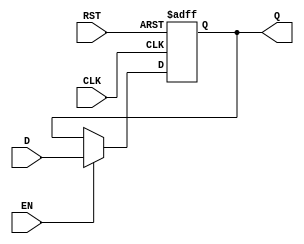
module output_register (
    input wire D,        // Data Input
    input wire CLK,      // Clock Input
    input wire EN,       // Enable Input
    input wire RST,      // Reset Input
    output reg Q         // Data Output
);

// Asynchronous reset functionality
always @(posedge CLK or posedge RST) begin
    if (RST) begin
        Q <= 1'b0;      // Set output to 0 on reset
    end else if (EN) begin
        Q <= D;         // Capture input data on clock edge if enabled
    end
    // If EN is low, Q retains its previous value
end

endmodule